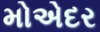
મોએદર